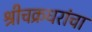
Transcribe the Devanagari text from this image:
श्रीचक्रधरांचा